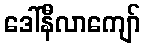
ဒေါ်နီလာကျော်